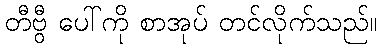
တီဗွီ ပေါ်ကို စာအုပ် တင်လိုက်သည်။